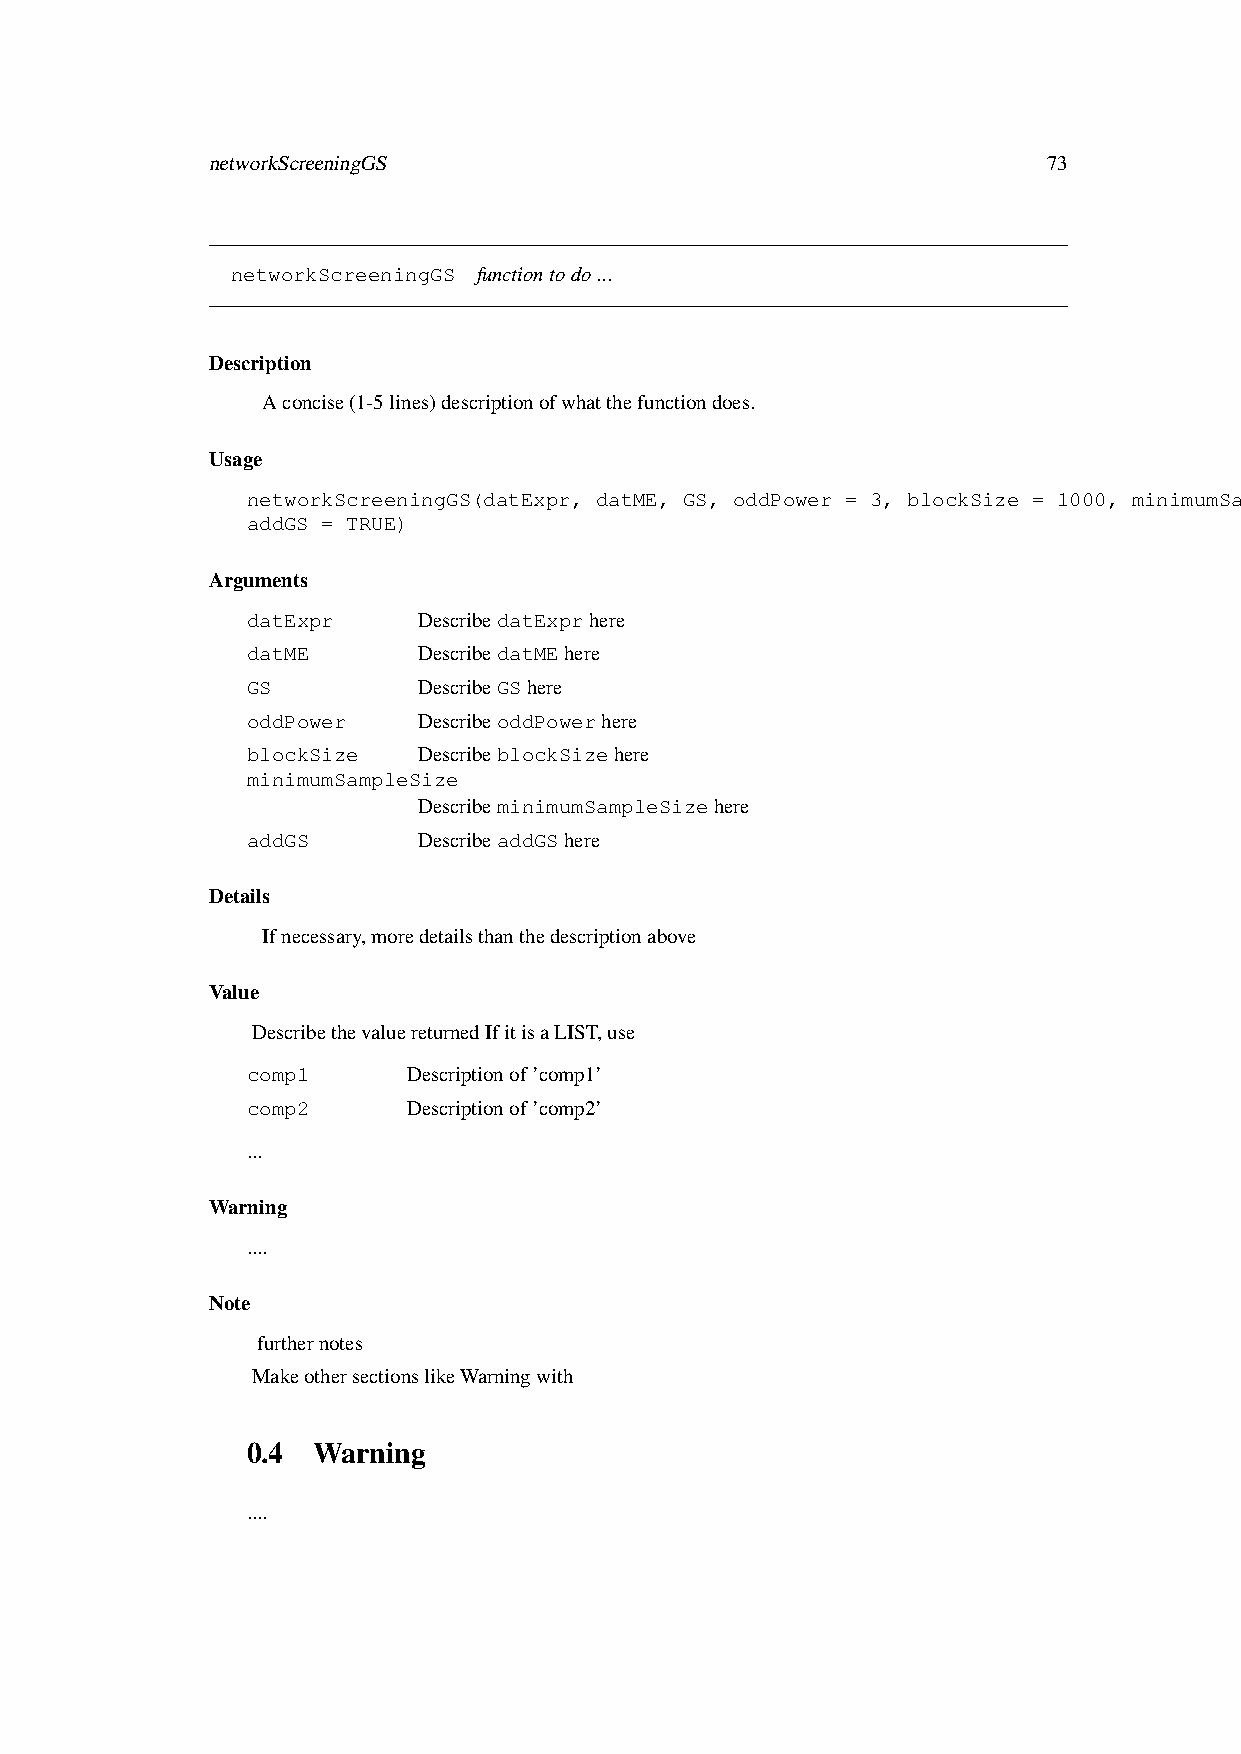
networkScreeningGS                                     73
 networkScreeningGS functiontodo...
 Description
 Aconcise(1-5lines)descriptionofwhatthefunctiondoes.
 Usage
 networkScreeningGS(datExpr, datME, GS, oddPower = 3, blockSize = 1000, minimumSampleSize = ..minNSamples,
 addGS = TRUE)
 Arguments
 datExpr     DescribedatExprhere
 datME       DescribedatMEhere
 GS          DescribeGShere
 oddPower    DescribeoddPowerhere
 blockSize   DescribeblockSizehere
 minimumSampleSize
 DescribeminimumSampleSizehere
 addGS       DescribeaddGShere
 Details
 Ifnecessary,moredetailsthanthedescriptionabove
 Value
 DescribethevaluereturnedIfitisaLIST,use
 comp1      Descriptionof’comp1’
 comp2      Descriptionof’comp2’
 ...
 Warning
 ....
 Note
 furthernotes
 MakeothersectionslikeWarningwith
 0.4  Warning
 ....